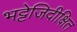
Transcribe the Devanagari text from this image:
भट्टेजिदीक्षित